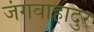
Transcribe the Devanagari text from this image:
जंगवाहादुर